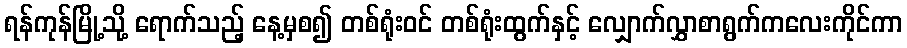
ရန်ကုန်မြို့သို့ ရောက်သည့် နေ့မှစ၍ တစ်ရုံးဝင် တစ်ရုံးထွက်နှင့် လျှောက်လွှာစာရွက်ကလေးကိုင်ကာ